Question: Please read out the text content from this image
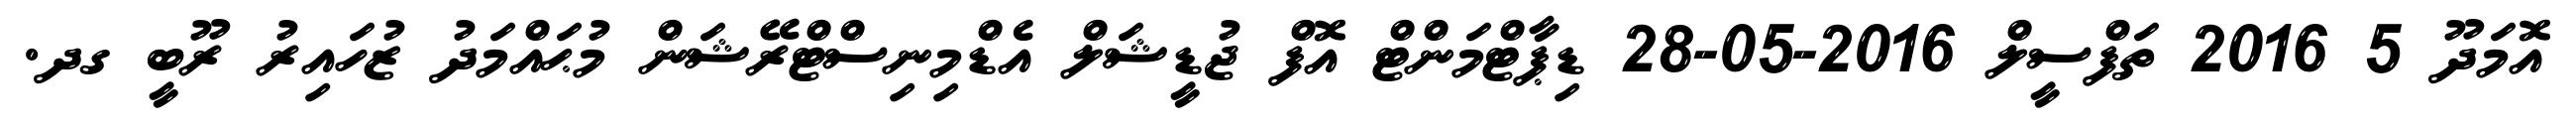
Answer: އޮމަދޫ 5 2016 ތަފްސީލް 2016-05-28 ޑިޕާޓްމަންޓް އޮފް ޖުޑީޝަލް އެޑްމިނިސްޓްރޭޝަން މުޙައްމަދު ޒުހައިރު ރޫބީ ގދ.